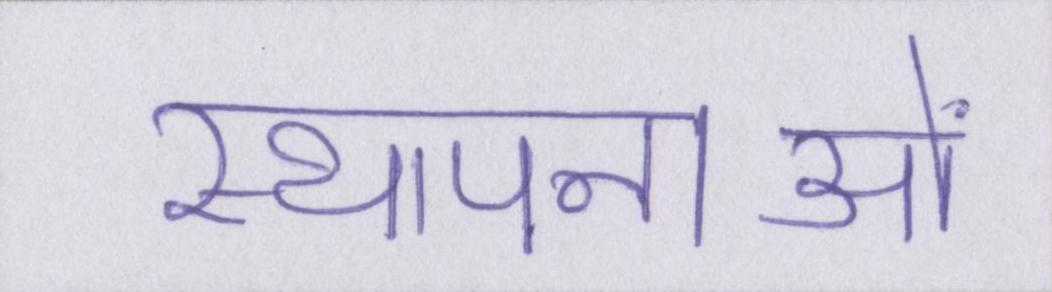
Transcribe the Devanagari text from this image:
स्थापनाओं